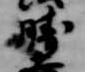
勝